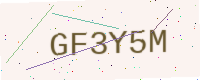
Text: GF3Y5M